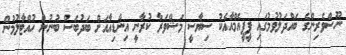
ނޫސްވެރިންގެ ބައްދަލުވުމުގައި ޕީޕީއެމްއާއެކު ސިޔާސީ މަޝްވަރާ ކުރާނީ އިންޑިއާއަށް ބަދުބަސް ބުނުން ހުއްޓާލުމުން